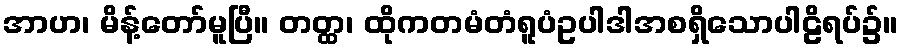
အာဟ၊ မိန့်တော်မူပြီ။ တတ္ထ၊ ထိုကတမံတံရူပံဥပါဒါအစရှိသောပါဠိရပ်၌။